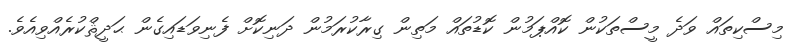
މިސްކިތައް ވަދެ މީސްތަކުން ކޮއްޕަމުން ކޮޑުތައް މަތިން ގިރާކުރަމުން ދަނިކޮށް ފެނިވަޑައިގެން ޙަދީޘްކުރެއްވިއެވެ.